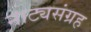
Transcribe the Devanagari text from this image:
नाट्यसंग्रह